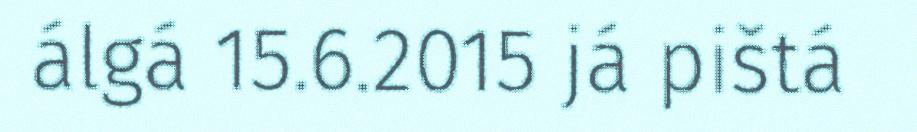
álgá 15.6.2015 já pištá